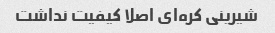
شیرینی کره‌ای اصلا کیفیت نداشت